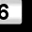
Digit: 6